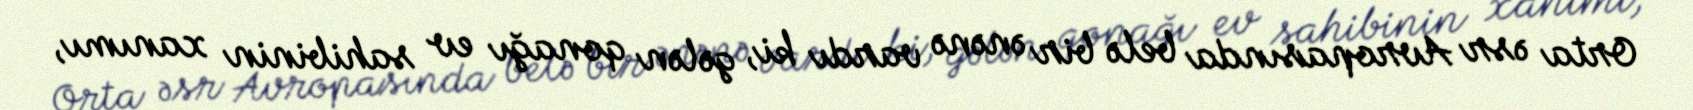
Orta əsr Avropasında belə bir ənənə vardı ki, gələn qonağı ev sahibinin xanımı,